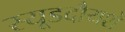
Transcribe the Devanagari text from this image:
स्यूडदौयशे